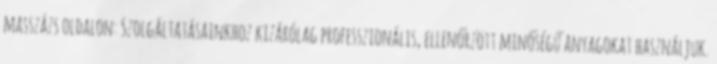
masszázs oldalon: Szolgáltatásainkhoz kizárólag professzionális, ellenőrzött minőségű anyagokat használjuk.